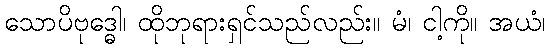
သောပိဗုဒ္ဓေါ၊ ထိုဘုရားရှင်သည်လည်း။ မံ၊ ငါ့ကို။ အယံ၊